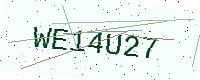
Text: WE14U27